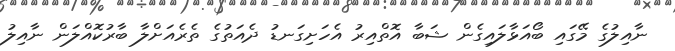
ނާއިލުގެ މޭގައި ބޯއަޅާލައިގެން ޝަބާ އޮތްއިރު އެހަށިގަނޑު ދެއަތުގެ ތެރެއަށްލާ ބާރުކޮއްލަން ނާއިލު